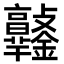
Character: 𨰯